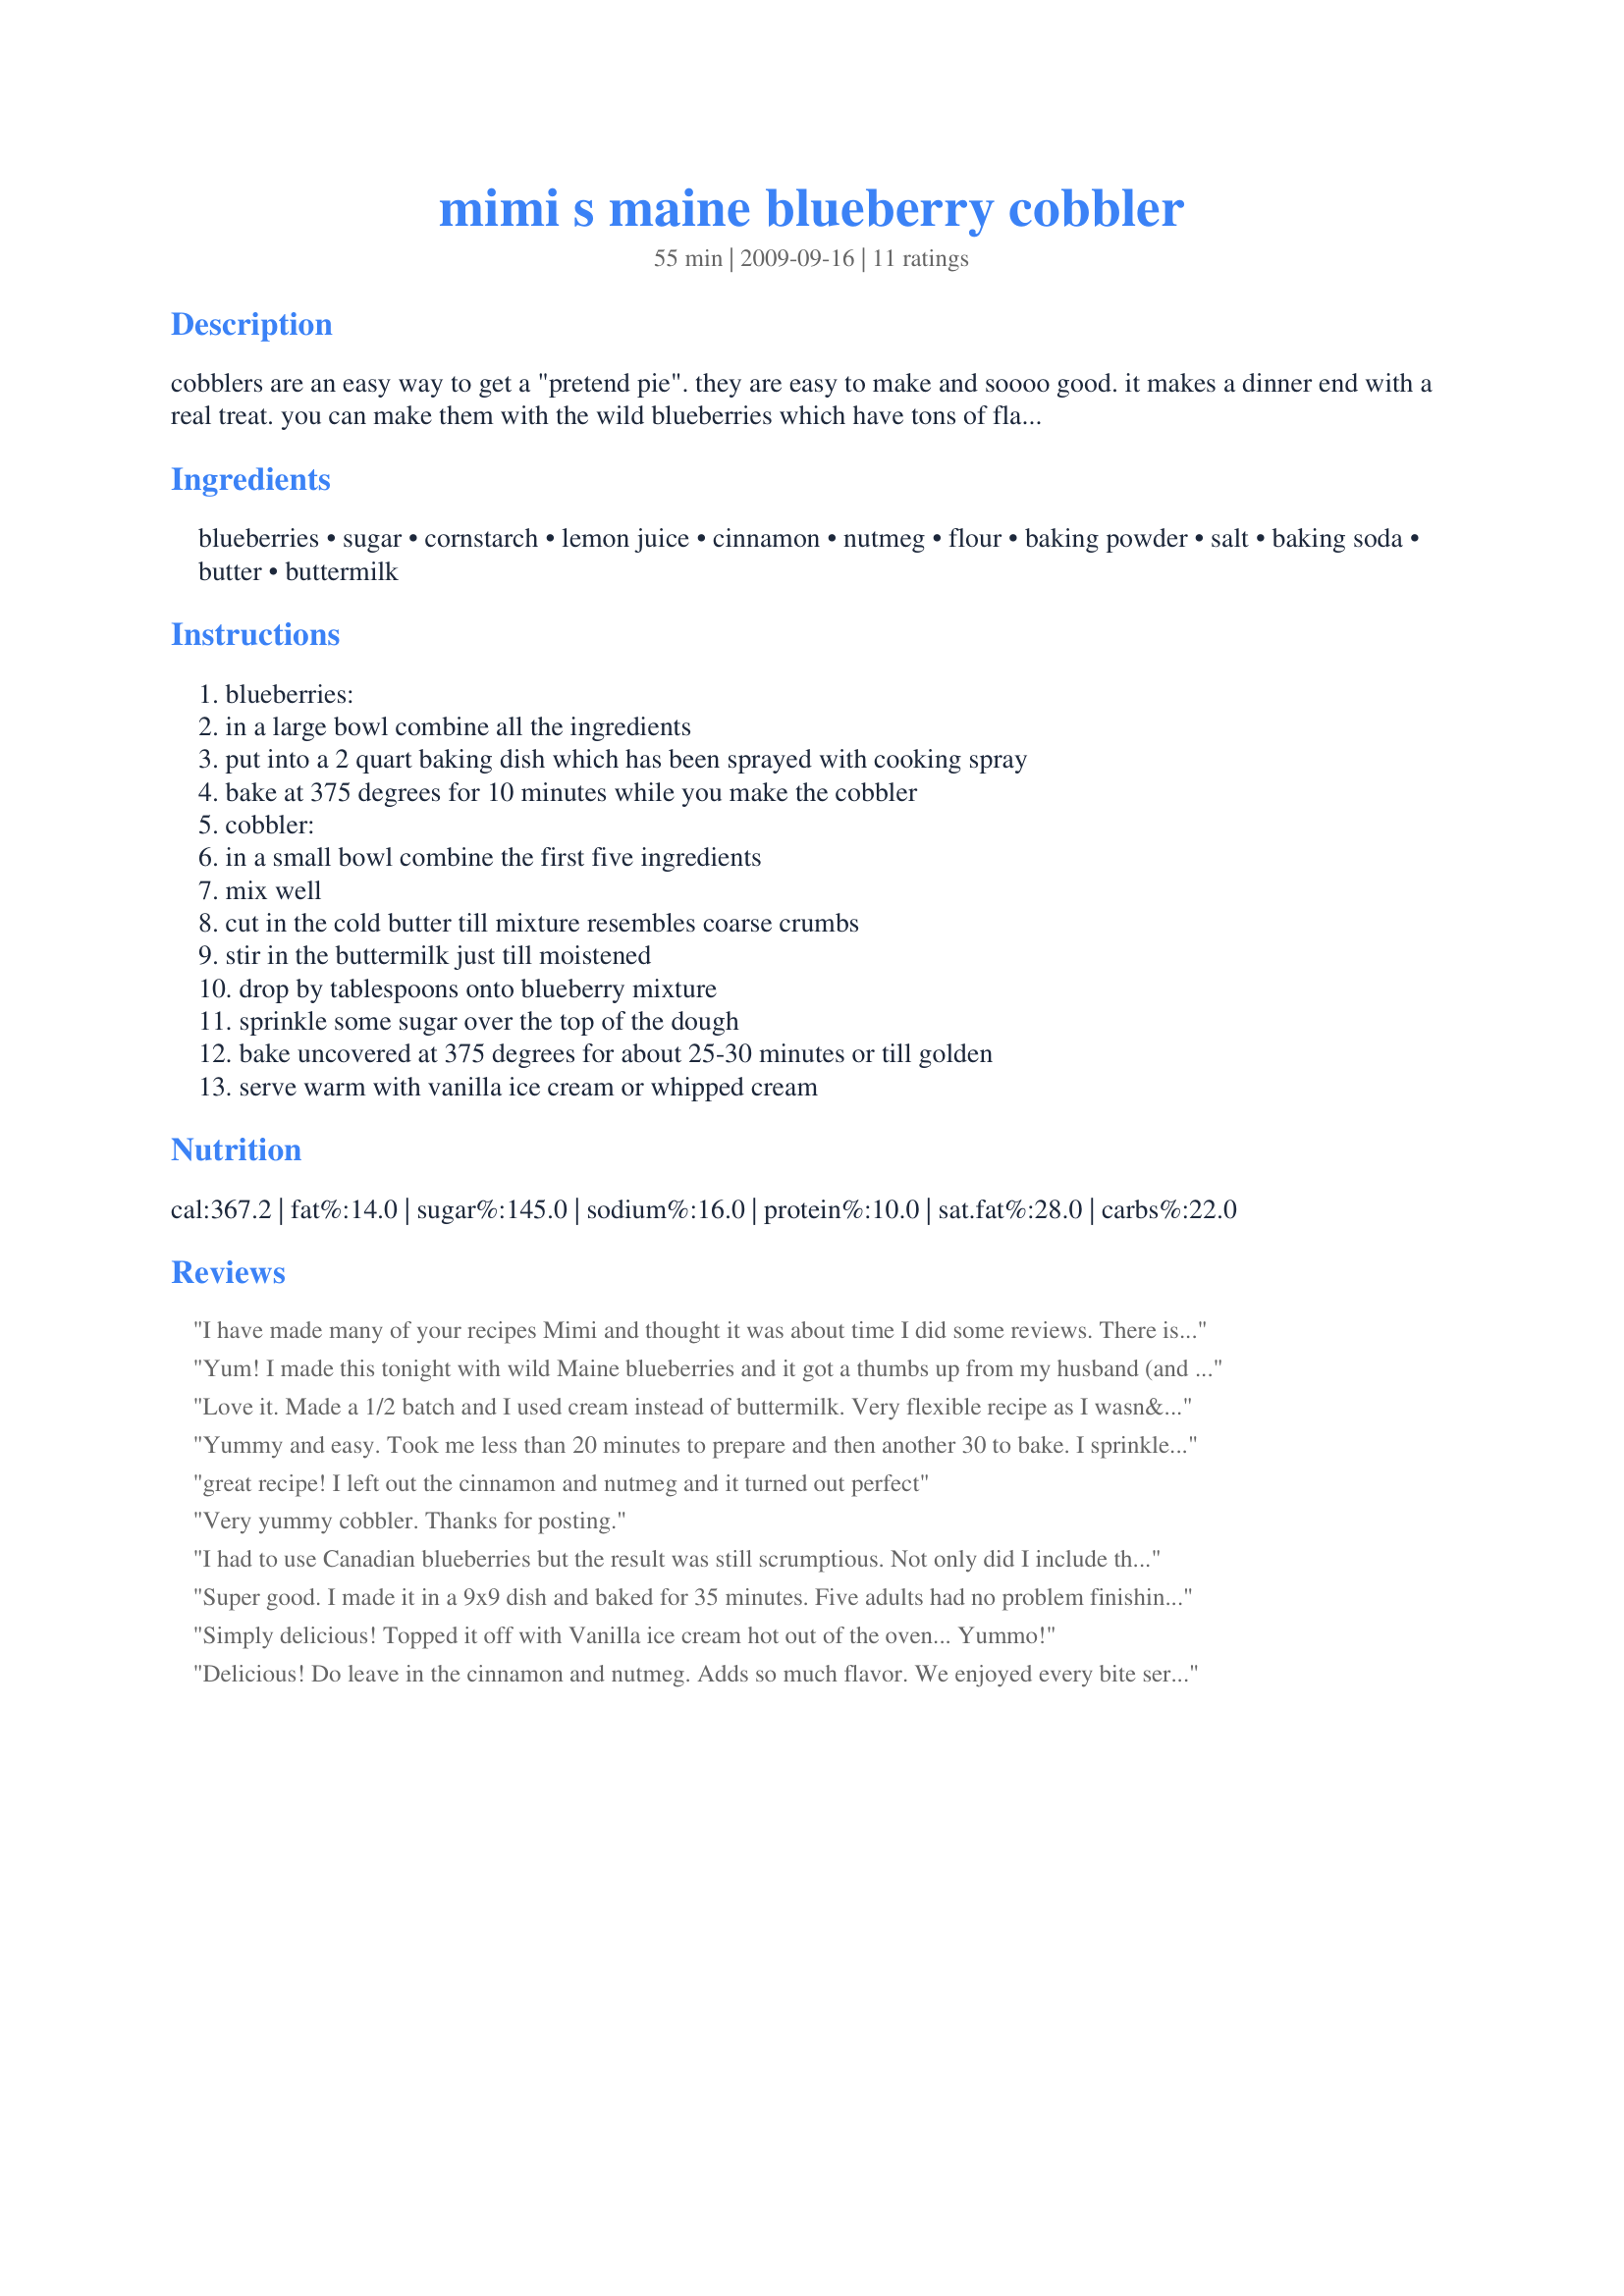
mimi s maine blueberry cobbler
Preparation time: 55 minutes

cobblers are an easy way to get a "pretend pie". they are easy to make and soooo good. it makes a dinner end with a real treat. you can make them with the wild blueberries which have tons of flavor, or you can use the frozen ones. this may be doubled and put in a 9"x13" baking dish.

Ingredients:
blueberries, sugar, cornstarch, lemon juice, cinnamon, nutmeg, flour, baking powder, salt, baking soda, butter, buttermilk

Steps:
blueberries:, in a large bowl combine all the ingredients, put into a 2 quart baking dish which has been sprayed with cooking spray, bake at 375 degrees for 10 minutes while you make the cobbler, cobbler:, in a small bowl combine the first five ingredients, mix well, cut in the cold butter till mixture resembles coarse crumbs, stir in the buttermilk just till moistened, drop by tablespoons onto blueberry mixture, sprinkle some sugar over the top of the dough, bake uncovered at 375 degrees for about 25-30 minutes or till golden, serve warm with vanilla ice cream or whipped cream

Reviews:
I have made many of your recipes Mimi and thought it was about time I did some reviews. There is nothing like fresh blueberries anything, and every bite of this cobbler was totally loved! Best made with fresh blueberries, but don't be afraid to use frozen too, because in the middle of the winter it tastes pretty darn good too!
Yum! I made this tonight with wild Maine blueberries and it got a thumbs up from my husband (and from me, too).
Love it. Made a 1/2 batch and I used cream instead of buttermilk. Very flexible recipe as I wasn&#039;t too precise with all odd 1/2 measures and it still tastes great. Thanks for sharing it.
Yummy and easy. Took me less than 20 minutes to prepare and then another 30 to bake. I sprinkled the top with cinnamon and large crystal sugar. Thank you
great recipe! I left out the cinnamon and nutmeg and it turned out perfect
Very yummy cobbler. Thanks for posting.
I had to use Canadian blueberries but the result was still scrumptious. Not only did I include the cinnamon and nutmeg I doubled the cinnamon. For me the "cobbles" batter was much softer than usual and baked up quite cake like. DH loved that and raved about how nice the topping was. I used Splenda for the sugar, a very low sat fat margarine for the butter and skim milk with a bit of vinegar added for the buttermilk.
Super good. I made it in a 9x9 dish and baked for 35 minutes. Five adults had no problem finishing this off. Everybody loved it. Pretty fast and easy to throw together. I will make it again.
Simply delicious! Topped it off with Vanilla ice cream hot out of the oven... Yummo!
Delicious! Do leave in the cinnamon and nutmeg. Adds so much flavor. We enjoyed every bite served with vanilla bean ice cream!
Super delicious! I served this to my guests over the 4th of July. Everyone LOVED it! I was even asked for the recipe which I had no problem doing. I used fresh lemon juice and reduced fat buttermilk. I also sprinkled over the top cinnamon sugar. I doubled the recipe and was able to get 15 servings! I also served it with a scoop of vanilla bean ice cream. I also liked this recipe very much because it was not overly sweet. Just perfect! Thank you so much for sharing this yummy cobbler recipe!
